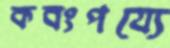
কবংপয্যে